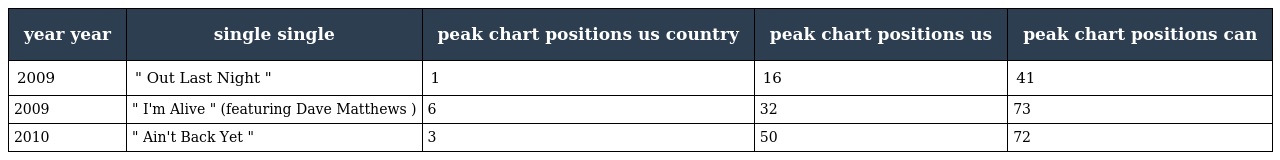
| year year | single single | peak chart positions us country | peak chart positions us | peak chart positions can |
 | --- | --- | --- | --- | --- |
 | 2009 | " Out Last Night " | 1 | 16 | 41 |
 | 2009 | " I'm Alive " (featuring Dave Matthews ) | 6 | 32 | 73 |
 | 2010 | " Ain't Back Yet " | 3 | 50 | 72 |